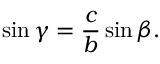
\sin \gamma = { \frac { c } { b } } \sin \beta .